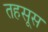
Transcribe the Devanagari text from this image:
तहसूस